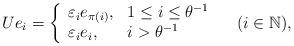
LaTeX: \begin{align*} U e_i = \left\{\begin{array}{ll} \varepsilon_i e_{\pi(i)}, & 1\leq i\leq \theta^{-1} \\ \varepsilon_i e_i, & i > \theta^{-1} \end{array} \right. \quad(i\in \mathbb N), \end{align*}